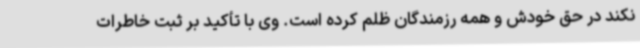
نکند در حق خودش و همه رزمندگان ظلم کرده است. وی با تأکید بر ثبت خاطرات